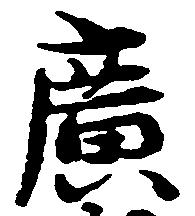
広